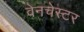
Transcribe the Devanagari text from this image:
वेनचेस्टर